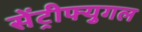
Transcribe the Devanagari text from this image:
सेंट्रीफ्युगल